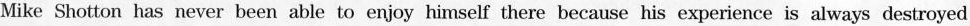
Mike Shotton has never been able to enjoy himself there because his experience is always destroyed